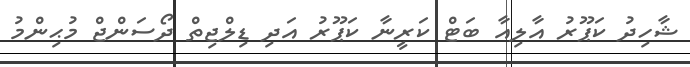
ޝާހިދު ކަޕޫރު އާލިއާ ބަޓް ކަރީނާ ކަޕޫރު އަދި ޑިލްޖިތް ދޯސަންޖް މުޙިންމު